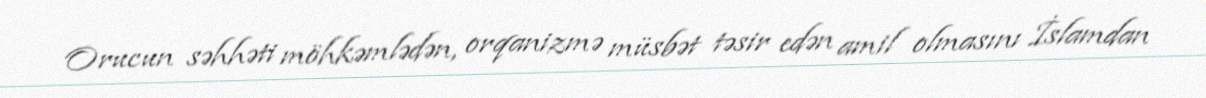
Orucun səhhəti möhkəmlədən, orqanizmə müsbət təsir edən amil olmasını İslamdan